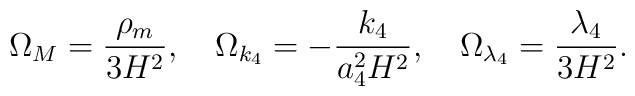
\Omega_M=\frac{\rho_m}{3H^2},\quad\Omega_{k_4}=-\frac{k_4}{a_4^2H^2},\quad\Omega_{\lambda_4}=\frac{\lambda_4}{3H^2}.